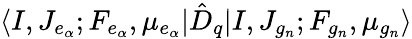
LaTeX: \langle I,J_{e_{\alpha}};F_{e_{\alpha}},\mu_{e_{\alpha}}|{\hat{D}}_{q}|I,J_{g_{n}};F_{g_{n}},\mu_{g_{n}}\rangle